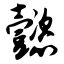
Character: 懿